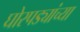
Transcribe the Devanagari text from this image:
घोरपड्यांच्या